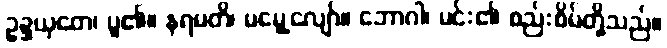
ဥဍ္ဍယှတေ၊ ပူ၏။ နရမတိ၊ မမွေ့လျော်။ ဘောဂါ၊ မင်း၏ စည်းစိမ်တို့သည်။